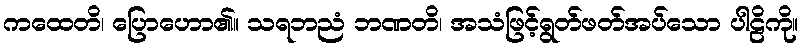
ကထေတိ၊ ပြောဟော၏။ သရဘညံ ဘဏတိ၊ အသံဖြင့်ရွတ်ဖတ်အပ်သော ပါဠိကို။